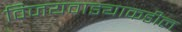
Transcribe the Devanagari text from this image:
विजयवाड्याकडील